画像に写った文字を読んでください
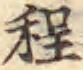
「程」と書いてあります